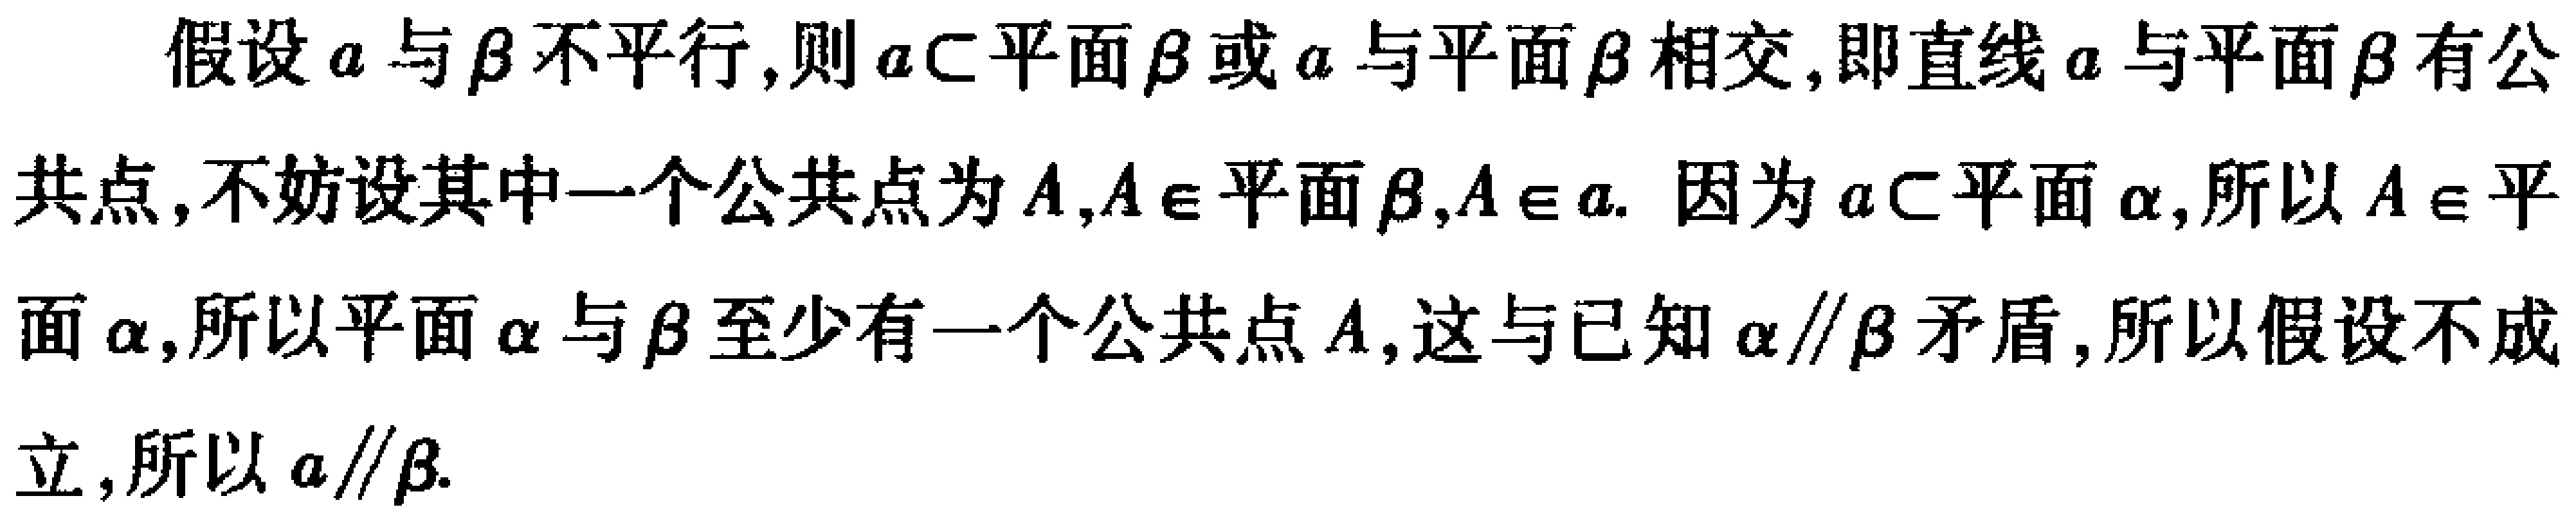
假设\(a\)与\(\beta\)不平行,则\(a\subset\)平面\(\beta\)或\(a\)与平面\(\beta\)相交,即直线\(a\)与平面\(\beta\)有公共点,不妨设其中一个公共点为\(A\),\(A\in\)平面\(\beta\),\(A\in a\). 因为\(a\subset\)平面\(\alpha\),所以\(A\in\)平面\(\alpha\),所以平面\(\alpha\)与\(\beta\)至少有一个公共点\(A\),这与已知\(\alpha\parallel\beta\)矛盾,所以假设不成立,所以\(a\parallel\beta\).